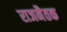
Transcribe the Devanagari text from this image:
राजनैतक